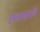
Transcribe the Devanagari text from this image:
हस्ताक्षरांचे